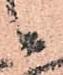
候